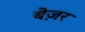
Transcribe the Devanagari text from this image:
बेज़र